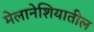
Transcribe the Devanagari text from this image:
मेलानेशियातील